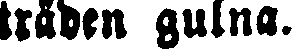
träden gulna.